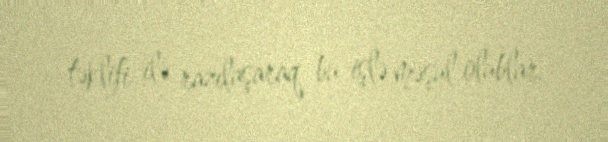
təklifi ilə razılaşaraq bu işlə məşul olublar.